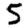
Digit: 5